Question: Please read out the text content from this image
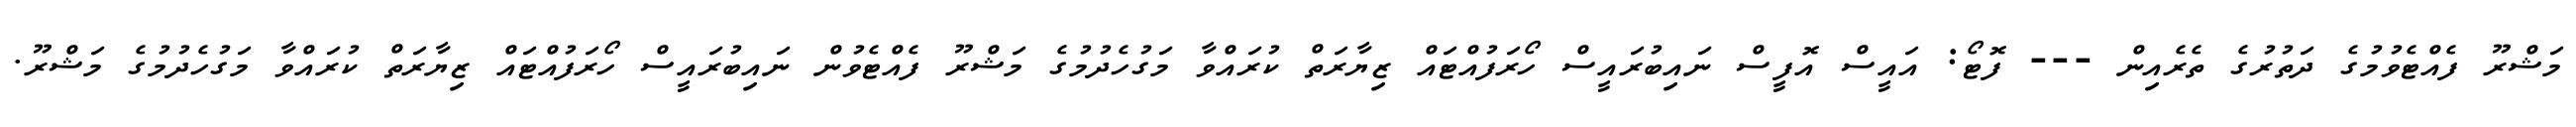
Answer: މަޝްރޫ ފެއްޓެވުމުގެ ދަތުރުގެ ތެރެއިން --- ފޮޓޯ: އައީސް އޮފީސް ނައިބުރައީސް ހޯރަފުއްޓައް ޒިޔާރަތް ކުރައްވާ މަގުހެދުމުގެ މަޝްރޫ ފެއްޓެވުން ނައިބުރައީސް ހޯރަފުއްޓައް ޒިޔާރަތް ކުރައްވާ މަގުހެދުމުގެ މަޝްރޫ.